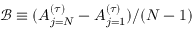
\mathcal { B } \equiv ( A _ { j = N } ^ { ( \tau ) } - A _ { j = 1 } ^ { ( \tau ) } ) / ( N - 1 )